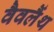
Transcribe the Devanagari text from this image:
वैवलैंथ